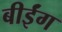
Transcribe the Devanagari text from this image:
बीईंग